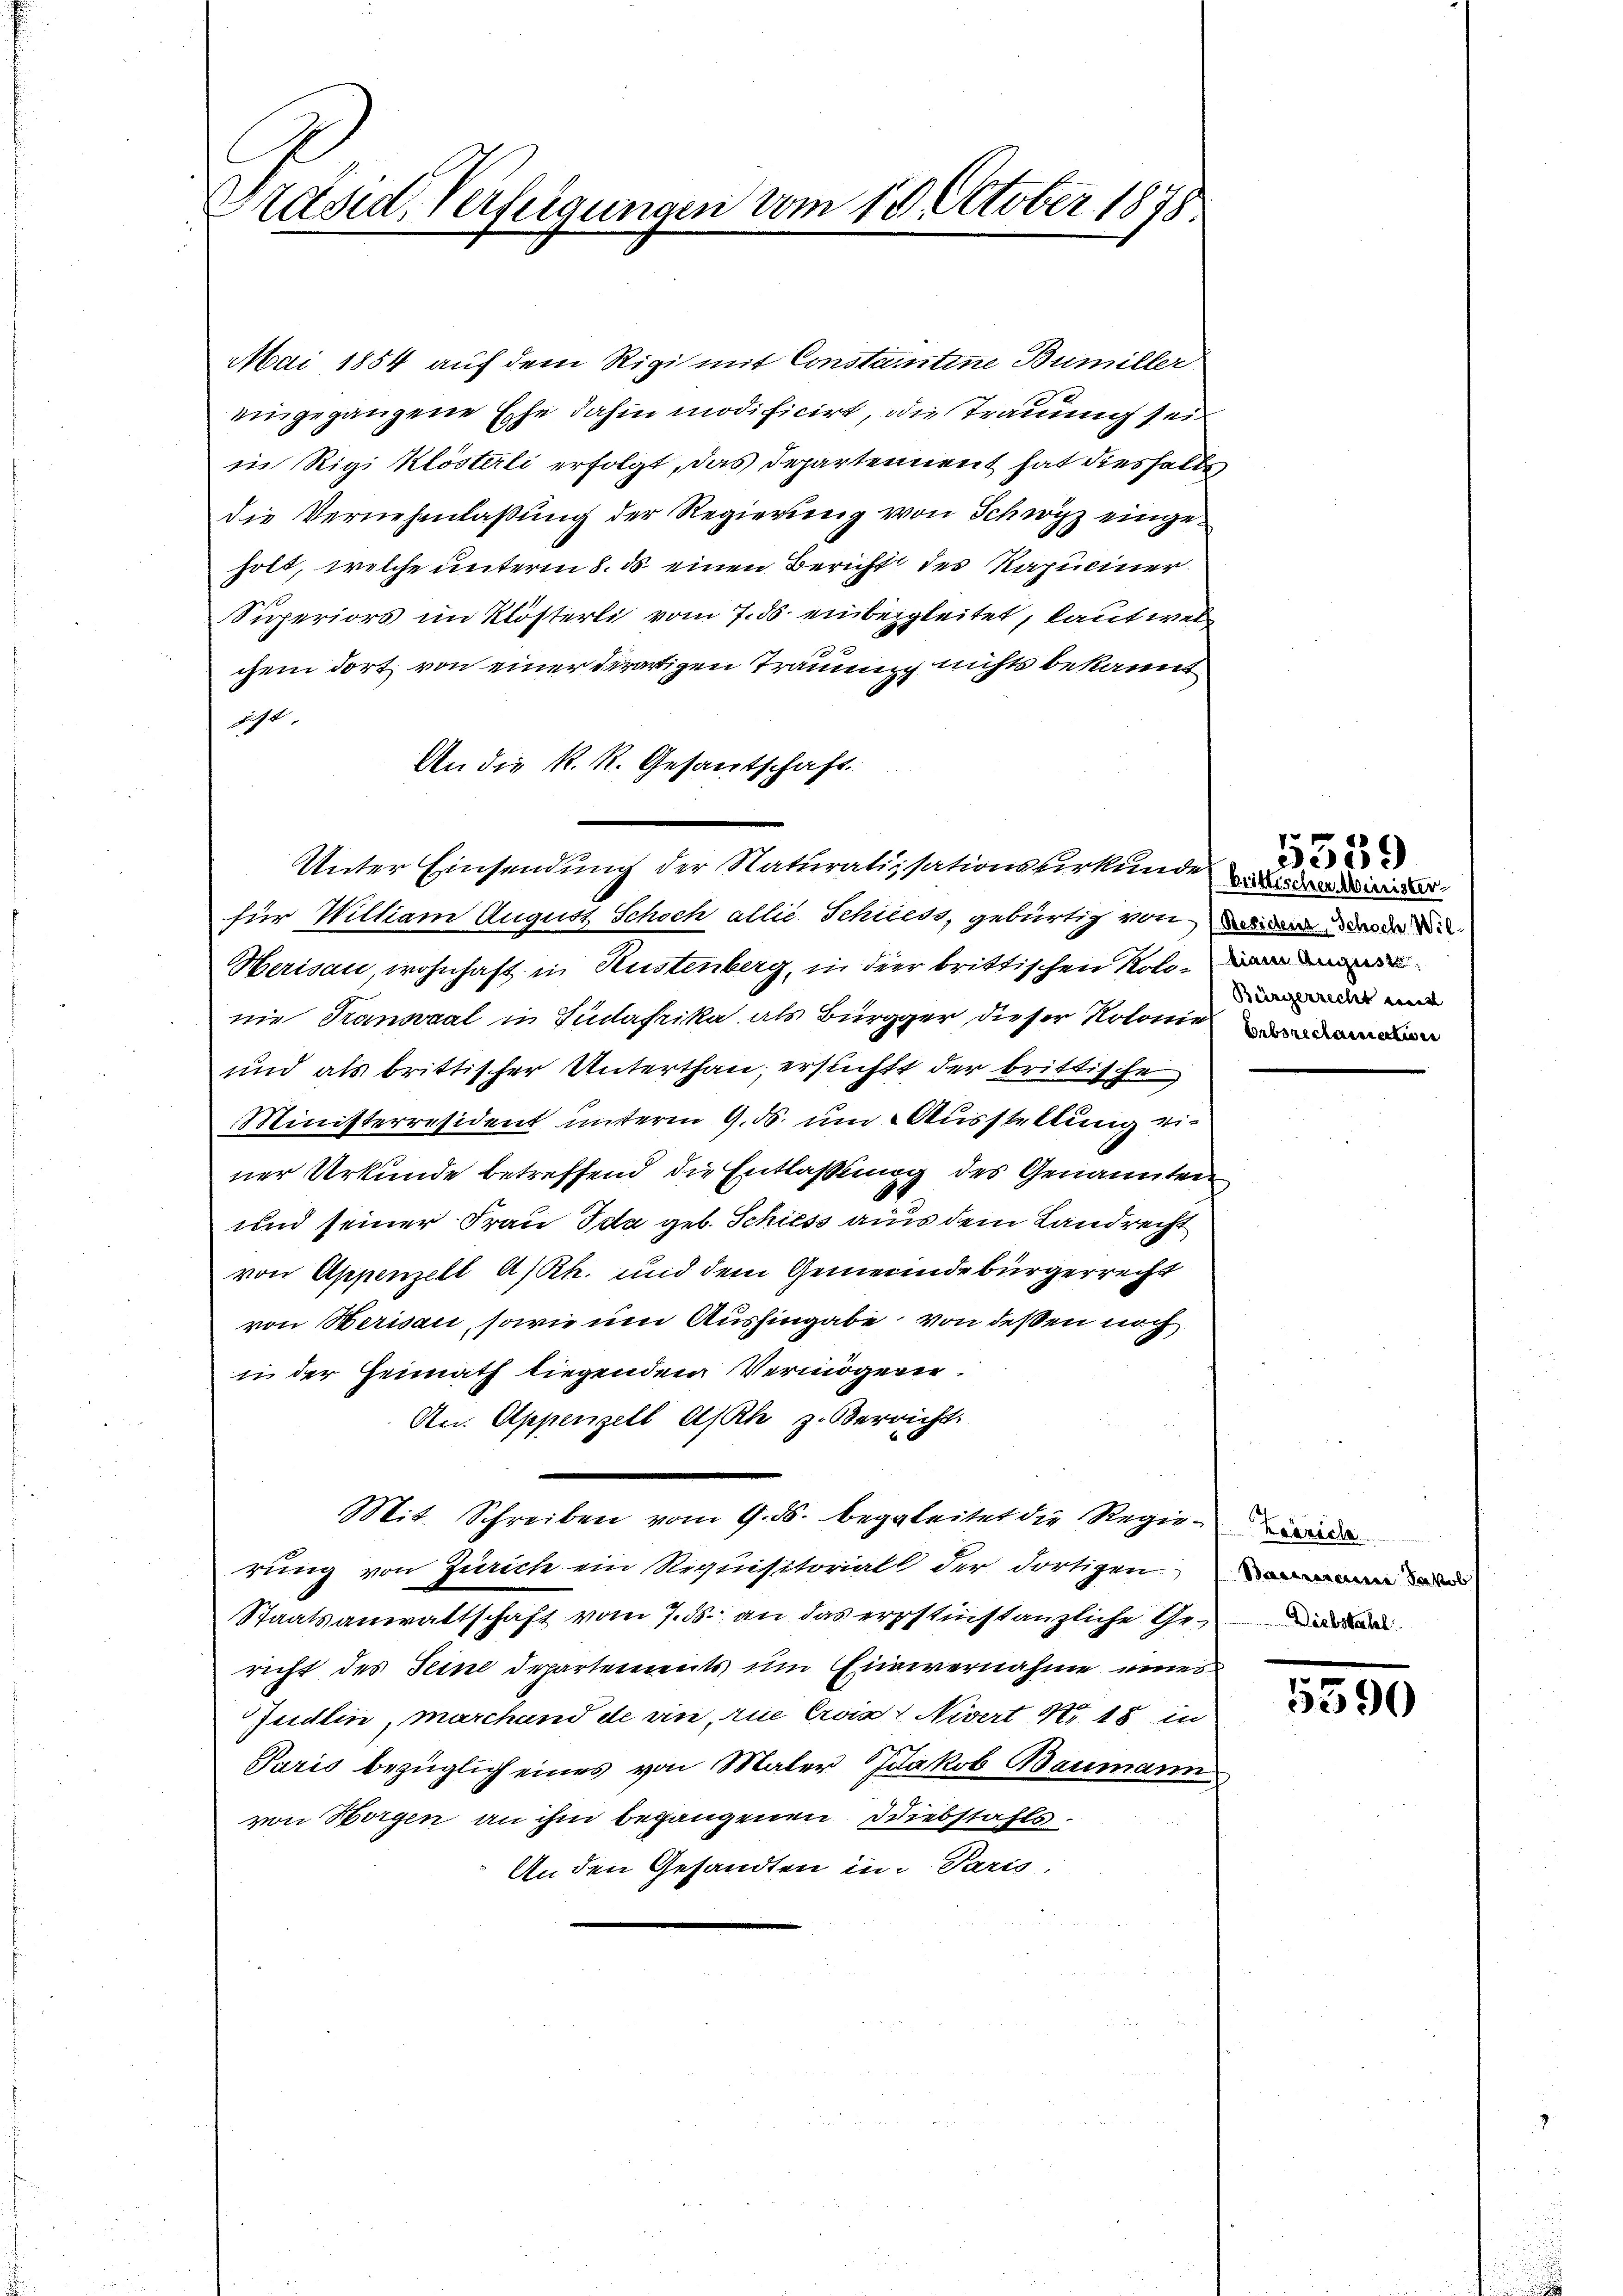
Präsid. Verfügungen vom 13. October 1878

Mai 1854 auf dem Rigi mit Constantine Bumiller
eingegangene Ephe dahin modificirt, die Trauung sei
in Rigi Klösterli erfolgt, das Departement hat diesfalls,
die Vernehmlaßung der Regierung von Schwyz eingeholt, welche unterm 8. ds einen Bericht des Kapuciner
Superiors im Klösterli vom 7. ds. einbezgleitet, laut welchem dort von einer derartigen Träumung nichts bekannt
jezt
An die K. R. Gesantschaft.
für William August Schoch allie Schiess, gebürtig von de
Herisau, wohnhaft in Rustenberg, in der brittischen Kolonie Transaal in Südafrika als Bürgger dieser Notonie
und als brittischer Unterthan, ersichtt der brittische
Ministerresident unterm 9. ds. um Ausstellung einer Urkunde betreffend die Entlaßung des Genannten
und seiner Frau Ida geb. Schiess aus dem Landrecht
von Appenzell A/Rh. und dem Gemeindebürgerrecht
von Herisau, sowie um Aushingabe von deßen noch
in der Heimath liegenden Vermögen.
An. Appenzell Asch zerricht
e
Mit Schreiben vom 9. ds. begleitet die Regie-
rung von Zürich ein Requisitorial der dortigen
Staatsanwaltschaft vom 7. ds. an das erstinstanzliche Gericht des Seine Departements um Einvernahme einer
Zudlin, marchand de vin, rue Cris Nivert M. 18 in
Paris bezüglich eines von Maler Jakob Baumann
von Horgen an ihm begangenen Diebstahls¬
An den Gesandten in Paris,

Unter Einsendung der Naturatissationsverkunde

bian August.
Bürgerrecht und

p
3359

anzainen Jakob

5590